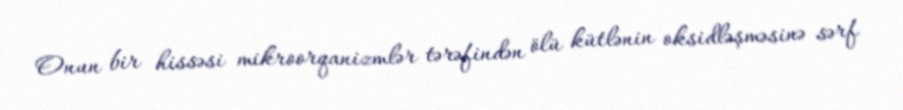
Onun bir hissəsi mikroorqanizmlər tərəfindən ölü kütlənin oksidləşməsinə sərf